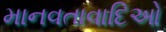
માનવતાવાદિઓ